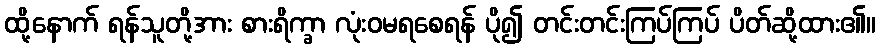
ထို့နောက် ရန်သူတို့အား စားရိက္ခာ လုံးဝမရစေရန် ပို၍ တင်းတင်းကြပ်ကြပ် ပိတ်ဆို့ထား၏။